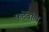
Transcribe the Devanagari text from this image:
फूटेबॉल